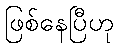
ဖြစ်နေပြီဟု